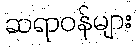
ဆရာဝန်များ